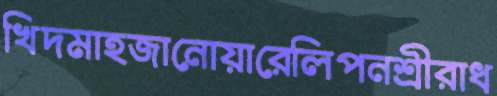
খিদমাহজানোয়ারেলিপনশ্রীরাধ